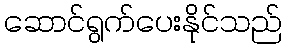
ဆောင်ရွက်ပေးနိုင်သည်